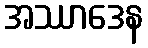
အဿာဒေန